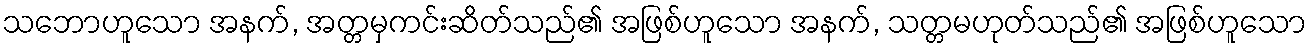
သဘောဟူသော အနက်, အတ္တမှကင်းဆိတ်သည်၏ အဖြစ်ဟူသော အနက်, သတ္တမဟုတ်သည်၏ အဖြစ်ဟူသော